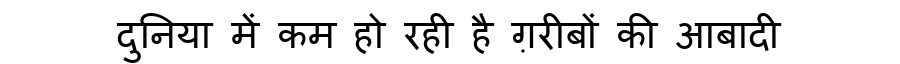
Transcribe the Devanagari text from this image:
दुनिया में कम हो रही है ग़रीबों की आबादी